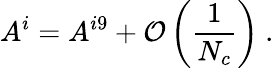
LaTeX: A^{i}=A^{i9}+{\cal O}\left({\frac{1}{N_{c}}}\right)\ .